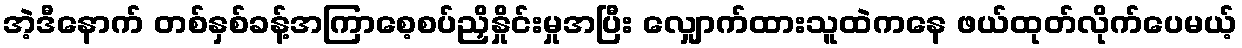
အဲ့ဒီနောက် တစ်နှစ်ခန့်အကြာစေ့စပ်ညှိနှိုင်းမှုအပြီး လျှောက်ထားသူထဲကနေ ဖယ်ထုတ်လိုက်ပေမယ့်